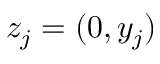
z _ { j } = ( 0 , y _ { j } )